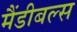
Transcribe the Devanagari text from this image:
मैंडीबल्स